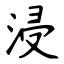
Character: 浸